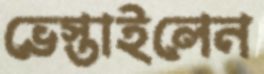
ভেস্তাইলেন